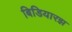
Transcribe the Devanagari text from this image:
बिडियारझ